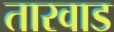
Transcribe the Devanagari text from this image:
तारवाड